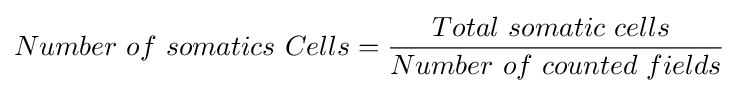
Number\ of\ somatics\ Cells={Total\ somatic\ cells\  \over Number\ of\ counted\ fields}